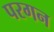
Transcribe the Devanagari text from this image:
परगन